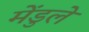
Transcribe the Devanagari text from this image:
मेंडुले